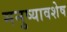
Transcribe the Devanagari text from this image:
मनुष्यावशेष